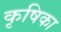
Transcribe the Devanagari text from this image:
कृषिका